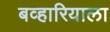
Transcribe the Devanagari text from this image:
बव्हारियाला